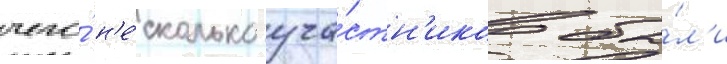
чего́ н'е́сколько уча́стн'иков бы́л'и